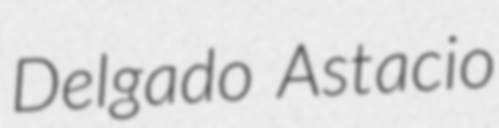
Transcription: Delgado Astacio